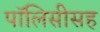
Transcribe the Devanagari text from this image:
पॉलिसीसह